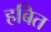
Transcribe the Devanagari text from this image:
हबित